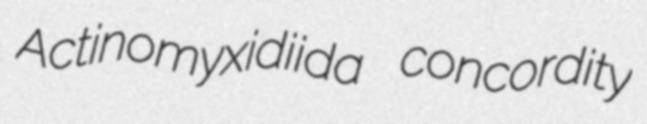
Actinomyxidiida concordity